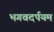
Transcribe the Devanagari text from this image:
भगवदर्पयम